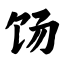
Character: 饧